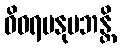
ဝိဝရမနုပဘန္တိ